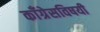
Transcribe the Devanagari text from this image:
काँग्रेसविषयी